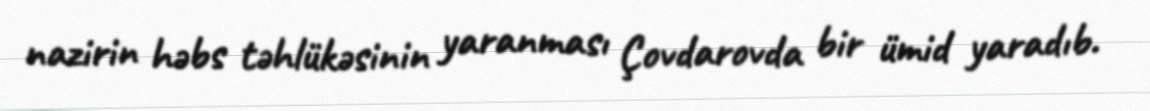
nazirin həbs təhlükəsinin yaranması Çovdarovda bir ümid yaradıb.